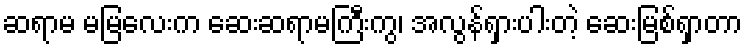
ဆရာမ မမြလေးက ဆေးဆရာမကြီးကွ၊ အလွန်ရှားပါးတဲ့ ဆေးမြစ်ရှာတာ